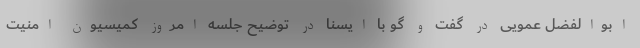
ابوالفضل عمویی در گفت و گو با ایسنا در توضیح جلسه امروز کمیسیون امنیت